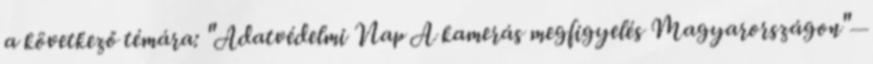
a következő témára: "Adatvédelmi Nap A kamerás megfigyelés Magyarországon"—